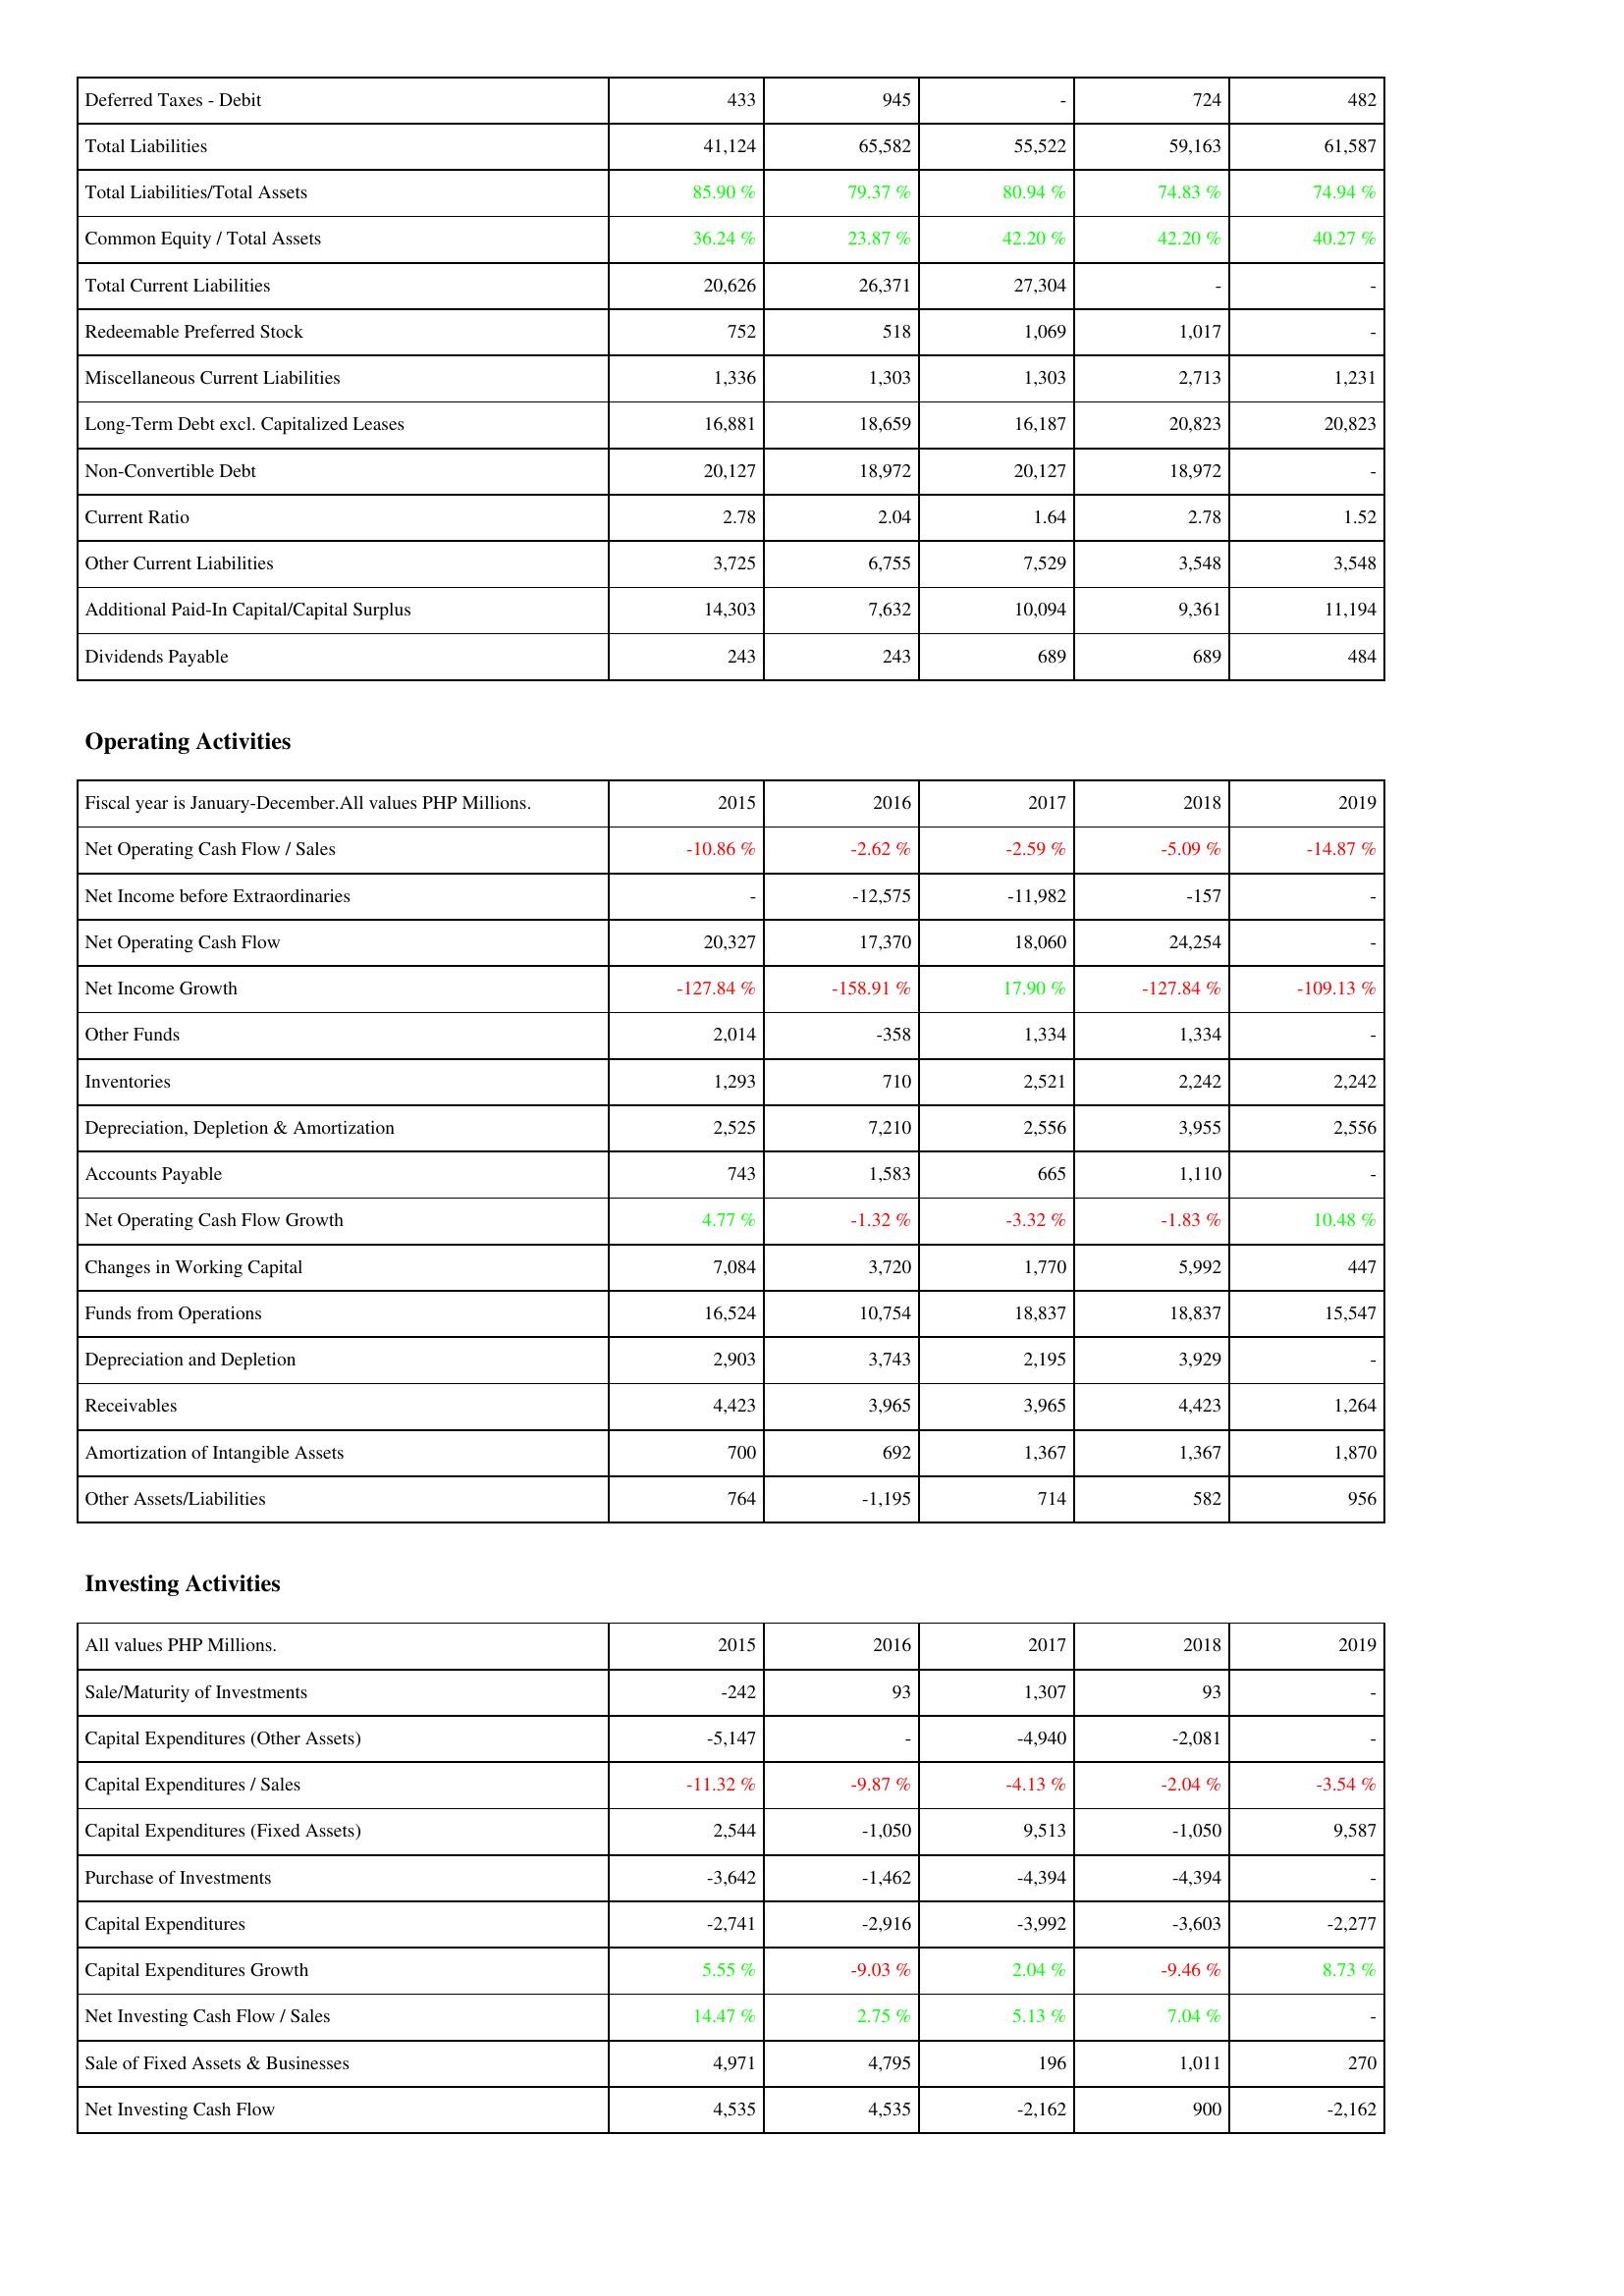
2015: Liabilities & Shareholders' Equity: Deferred Taxes - Debit: 433
Total Liabilities: 41,124
Total Liabilities/Total Assets: 85.90 %
Common Equity / Total Assets: 36.24 %
Total Current Liabilities: 20,626
Redeemable Preferred Stock: 752
Miscellaneous Current Liabilities: 1,336
Long-Term Debt excl. Capitalized Leases: 16,881
Non-Convertible Debt: 20,127
Current Ratio: 2.78
Other Current Liabilities: 3,725
Additional Paid-In Capital/Capital Surplus: 14,303
Dividends Payable: 243
Operating Activities: Net Operating Cash Flow / Sales: -10.86 %
Net Income before Extraordinaries: -
Net Operating Cash Flow: 20,327
Net Income Growth: -127.84 %
Other Funds: 2,014
Inventories: 1,293
Depreciation, Depletion & Amortization: 2,525
Accounts Payable: 743
Net Operating Cash Flow Growth: 4.77 %
Changes in Working Capital: 7,084
Funds from Operations: 16,524
Depreciation and Depletion: 2,903
Receivables: 4,423
Amortization of Intangible Assets: 700
Other Assets/Liabilities: 764
Investing Activities: Sale/Maturity of Investments: -242
Capital Expenditures (Other Assets): -5,147
Capital Expenditures / Sales: -11.32 %
Capital Expenditures (Fixed Assets): 2,544
Purchase of Investments: -3,642
Capital Expenditures: -2,741
Capital Expenditures Growth: 5.55 %
Net Investing Cash Flow / Sales: 14.47 %
Sale of Fixed Assets & Businesses: 4,971
Net Investing Cash Flow: 4,535
2016: Liabilities & Shareholders' Equity: Deferred Taxes - Debit: 945
Total Liabilities: 65,582
Total Liabilities/Total Assets: 79.37 %
Common Equity / Total Assets: 23.87 %
Total Current Liabilities: 26,371
Redeemable Preferred Stock: 518
Miscellaneous Current Liabilities: 1,303
Long-Term Debt excl. Capitalized Leases: 18,659
Non-Convertible Debt: 18,972
Current Ratio: 2.04
Other Current Liabilities: 6,755
Additional Paid-In Capital/Capital Surplus: 7,632
Dividends Payable: 243
Operating Activities: Net Operating Cash Flow / Sales: -2.62 %
Net Income before Extraordinaries: -12,575
Net Operating Cash Flow: 17,370
Net Income Growth: -158.91 %
Other Funds: -358
Inventories: 710
Depreciation, Depletion & Amortization: 7,210
Accounts Payable: 1,583
Net Operating Cash Flow Growth: -1.32 %
Changes in Working Capital: 3,720
Funds from Operations: 10,754
Depreciation and Depletion: 3,743
Receivables: 3,965
Amortization of Intangible Assets: 692
Other Assets/Liabilities: -1,195
Investing Activities: Sale/Maturity of Investments: 93
Capital Expenditures (Other Assets): -
Capital Expenditures / Sales: -9.87 %
Capital Expenditures (Fixed Assets): -1,050
Purchase of Investments: -1,462
Capital Expenditures: -2,916
Capital Expenditures Growth: -9.03 %
Net Investing Cash Flow / Sales: 2.75 %
Sale of Fixed Assets & Businesses: 4,795
Net Investing Cash Flow: 4,535
2017: Liabilities & Shareholders' Equity: Deferred Taxes - Debit: -
Total Liabilities: 55,522
Total Liabilities/Total Assets: 80.94 %
Common Equity / Total Assets: 42.20 %
Total Current Liabilities: 27,304
Redeemable Preferred Stock: 1,069
Miscellaneous Current Liabilities: 1,303
Long-Term Debt excl. Capitalized Leases: 16,187
Non-Convertible Debt: 20,127
Current Ratio: 1.64
Other Current Liabilities: 7,529
Additional Paid-In Capital/Capital Surplus: 10,094
Dividends Payable: 689
Operating Activities: Net Operating Cash Flow / Sales: -2.59 %
Net Income before Extraordinaries: -11,982
Net Operating Cash Flow: 18,060
Net Income Growth: 17.90 %
Other Funds: 1,334
Inventories: 2,521
Depreciation, Depletion & Amortization: 2,556
Accounts Payable: 665
Net Operating Cash Flow Growth: -3.32 %
Changes in Working Capital: 1,770
Funds from Operations: 18,837
Depreciation and Depletion: 2,195
Receivables: 3,965
Amortization of Intangible Assets: 1,367
Other Assets/Liabilities: 714
Investing Activities: Sale/Maturity of Investments: 1,307
Capital Expenditures (Other Assets): -4,940
Capital Expenditures / Sales: -4.13 %
Capital Expenditures (Fixed Assets): 9,513
Purchase of Investments: -4,394
Capital Expenditures: -3,992
Capital Expenditures Growth: 2.04 %
Net Investing Cash Flow / Sales: 5.13 %
Sale of Fixed Assets & Businesses: 196
Net Investing Cash Flow: -2,162
2018: Liabilities & Shareholders' Equity: Deferred Taxes - Debit: 724
Total Liabilities: 59,163
Total Liabilities/Total Assets: 74.83 %
Common Equity / Total Assets: 42.20 %
Total Current Liabilities: -
Redeemable Preferred Stock: 1,017
Miscellaneous Current Liabilities: 2,713
Long-Term Debt excl. Capitalized Leases: 20,823
Non-Convertible Debt: 18,972
Current Ratio: 2.78
Other Current Liabilities: 3,548
Additional Paid-In Capital/Capital Surplus: 9,361
Dividends Payable: 689
Operating Activities: Net Operating Cash Flow / Sales: -5.09 %
Net Income before Extraordinaries: -157
Net Operating Cash Flow: 24,254
Net Income Growth: -127.84 %
Other Funds: 1,334
Inventories: 2,242
Depreciation, Depletion & Amortization: 3,955
Accounts Payable: 1,110
Net Operating Cash Flow Growth: -1.83 %
Changes in Working Capital: 5,992
Funds from Operations: 18,837
Depreciation and Depletion: 3,929
Receivables: 4,423
Amortization of Intangible Assets: 1,367
Other Assets/Liabilities: 582
Investing Activities: Sale/Maturity of Investments: 93
Capital Expenditures (Other Assets): -2,081
Capital Expenditures / Sales: -2.04 %
Capital Expenditures (Fixed Assets): -1,050
Purchase of Investments: -4,394
Capital Expenditures: -3,603
Capital Expenditures Growth: -9.46 %
Net Investing Cash Flow / Sales: 7.04 %
Sale of Fixed Assets & Businesses: 1,011
Net Investing Cash Flow: 900
2019: Liabilities & Shareholders' Equity: Deferred Taxes - Debit: 482
Total Liabilities: 61,587
Total Liabilities/Total Assets: 74.94 %
Common Equity / Total Assets: 40.27 %
Total Current Liabilities: -
Redeemable Preferred Stock: -
Miscellaneous Current Liabilities: 1,231
Long-Term Debt excl. Capitalized Leases: 20,823
Non-Convertible Debt: -
Current Ratio: 1.52
Other Current Liabilities: 3,548
Additional Paid-In Capital/Capital Surplus: 11,194
Dividends Payable: 484
Operating Activities: Net Operating Cash Flow / Sales: -14.87 %
Net Income before Extraordinaries: -
Net Operating Cash Flow: -
Net Income Growth: -109.13 %
Other Funds: -
Inventories: 2,242
Depreciation, Depletion & Amortization: 2,556
Accounts Payable: -
Net Operating Cash Flow Growth: 10.48 %
Changes in Working Capital: 447
Funds from Operations: 15,547
Depreciation and Depletion: -
Receivables: 1,264
Amortization of Intangible Assets: 1,870
Other Assets/Liabilities: 956
Investing Activities: Sale/Maturity of Investments: -
Capital Expenditures (Other Assets): -
Capital Expenditures / Sales: -3.54 %
Capital Expenditures (Fixed Assets): 9,587
Purchase of Investments: -
Capital Expenditures: -2,277
Capital Expenditures Growth: 8.73 %
Net Investing Cash Flow / Sales: -
Sale of Fixed Assets & Businesses: 270
Net Investing Cash Flow: -2,162